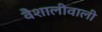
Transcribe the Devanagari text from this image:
वैशालीवाली